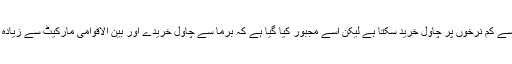
بنگلا دیش بھارت سے کم نرخوں پر چاول خرید سکتا ہے لیکن اسے مجبور کیا گیا ہے کہ برما سے چاول خریدے اور بین الاقوامی مارکیٹ سے زیادہ نرخوں پر خریدے۔